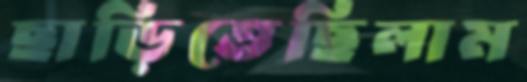
ছাড়িতেছিলাম